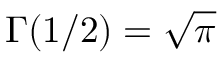
\Gamma ( 1 / 2 ) = { \sqrt { \pi } }